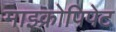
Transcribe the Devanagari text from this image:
माइक्रोपिपेट